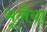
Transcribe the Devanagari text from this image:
भूलैया